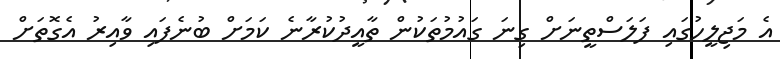
އެ މަޖިލީހުގައި ފަލަސްތީނަށް ގިނަ ގައުމުތަކުން ތާއީދުކުރާނެ ކަމަށް ބުނެފައި ވާއިރު އެގޮތަށް